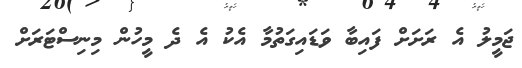
ޖަމީލު އެ ރަށަށް ފައިބާ ވަޑައިގަތުމާ އެކު އެ ދެ މީހުން މިނިސްޓަރަށް